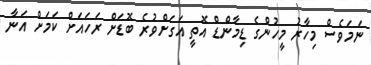
ނަމަވެސް މިހާރު މީހުންގެ ޑިމާންޑް އޮތީ އަގަށްވުރެ ބޮޑަށް ރަހައަށް ކަމަށް އަނާ